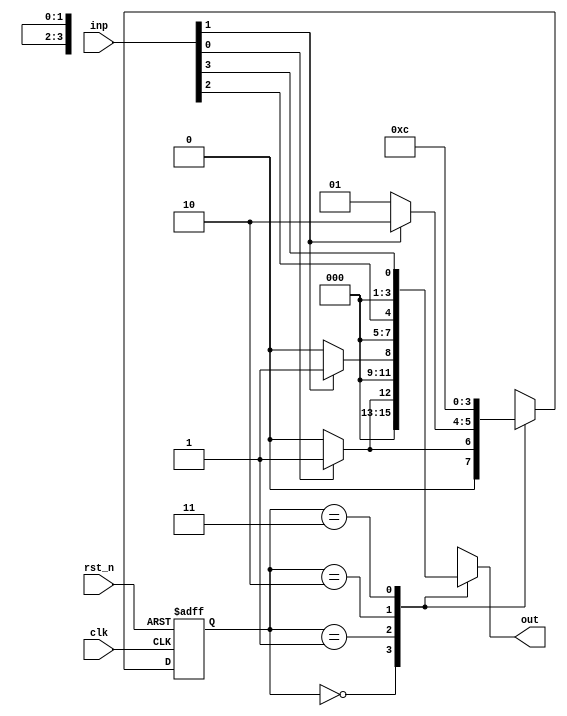
module NBitMealyFSM #(parameter N = 2, // Number of bits for state register
                      parameter M = 4  // Number of states (2^N)
                     ) (
    input wire clk,               // Clock signal
    input wire rst_n,            // Asynchronous reset (active low)
    input wire [M-1:0] inp,      // Input signals (example size could vary)
    output reg [M-1:0] out       // Output signals
);

// State declarations (assume binary encoding)
localparam STATE_0 = 2'b00;
localparam STATE_1 = 2'b01;
localparam STATE_2 = 2'b10;
localparam STATE_3 = 2'b11;

reg [N-1:0] current_state, next_state;

// State register: Updates state on the rising edge of clk or resets
always @(posedge clk or negedge rst_n) begin
    if (!rst_n) 
        current_state <= STATE_0; // Initialize to state 0 on reset
    else 
        current_state <= next_state; // Update state on clk
end

// State transition logic
always @(*) begin
    case (current_state)
        STATE_0: begin
            if (inp[0]) begin
                next_state = STATE_1; // Transition to STATE_1
                out = 1'b1; // Output based on input
            end else begin
                next_state = STATE_0; // Stay in STATE_0
                out = 1'b0; // Output based on input
            end
        end
        
        STATE_1: begin
            if (inp[1]) begin
                next_state = STATE_2; // Transition to STATE_2
                out = 1'b1; // Output based on input
            end else begin
                next_state = STATE_1; // Stay in STATE_1
                out = 1'b0; // Output based on input
            end
        end
        
        STATE_2: begin
            next_state = STATE_3; // Transition to STATE_3
            out = inp[2]; // Output based on a different input
        end
        
        STATE_3: begin
            next_state = STATE_0; // Transition back to STATE_0
            out = inp[3]; // Output based on a different input
        end
        
        default: begin
            next_state = STATE_0; // Default state
            out = 1'b0; // Default output
        end
    endcase
end

endmodule